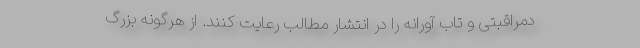
دمراقبتی و تاب آورانه را در انتشار مطالب رعایت کنند. از هرگونه بزرگ